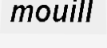
mouill